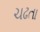
ચઢતા